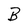
Character: B